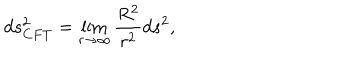
LaTeX: d s _ { C F T } ^ { 2 } = \lim _ { r \rightarrow \infty } \frac { R ^ { 2 } } { r ^ { 2 } } d s ^ { 2 } ,